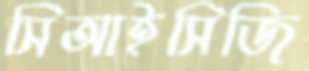
সিআইসিজি